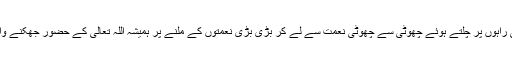
تقویٰ کی راہوں پر چلتے ہوئے چھوٹی سے چھوٹی نعمت سے لے کر بڑی بڑی نعمتوں کے ملنے پر ہمیشہ اللہ تعالیٰ کے حضور جھکنے والے بنیں۔